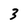
Character: 3